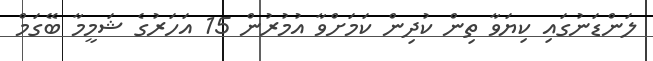
ލަންޑަނުގައި ކިޔަވާ ތިން ކުދިން ކަމަށްވާ އުމުރުން 15 އަހަރުގެ ޝަމީމާ ބޭގަމް